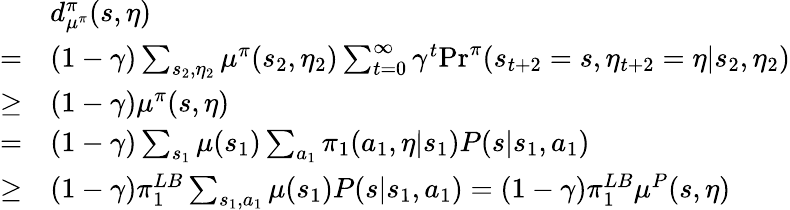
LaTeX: \begin{array}{rl}&{d_{\mu^{\pi}}^{\pi}(s,\eta)}\\ {=}&{(1-\gamma)\sum_{s_{2},\eta_{2}}\mu^{\pi}(s_{2},\eta_{2})\sum_{t=0}^{\infty}\gamma^{t}\mathrm{Pr}^{\pi}(s_{t+2}=s,\eta_{t+2}=\eta|s_{2},\eta_{2})}\\ {\ge}&{(1-\gamma)\mu^{\pi}(s,\eta)}\\ {=}&{(1-\gamma)\sum_{s_{1}}\mu(s_{1})\sum_{a_{1}}\pi_{1}(a_{1},\eta|s_{1})P(s|s_{1},a_{1})}\\ {\ge}&{(1-\gamma)\pi_{1}^{LB}\sum_{s_{1},a_{1}}\mu(s_{1})P(s|s_{1},a_{1})=(1-\gamma)\pi_{1}^{LB}\mu^{P}(s,\eta)}\end{array}